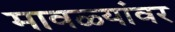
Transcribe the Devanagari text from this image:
मावळ्यांवर